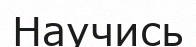
Научись